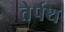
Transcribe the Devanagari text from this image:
तेर्पथ